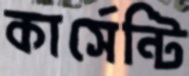
কার্সেন্টি